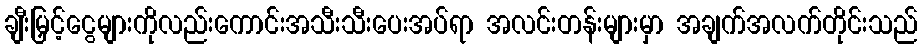
ချီးမြှင့်ငွေများကိုလည်းကောင်းအသီးသီးပေးအပ်ရာ အလင်းတန်းများမှာ အချက်အလက်တိုင်းသည်